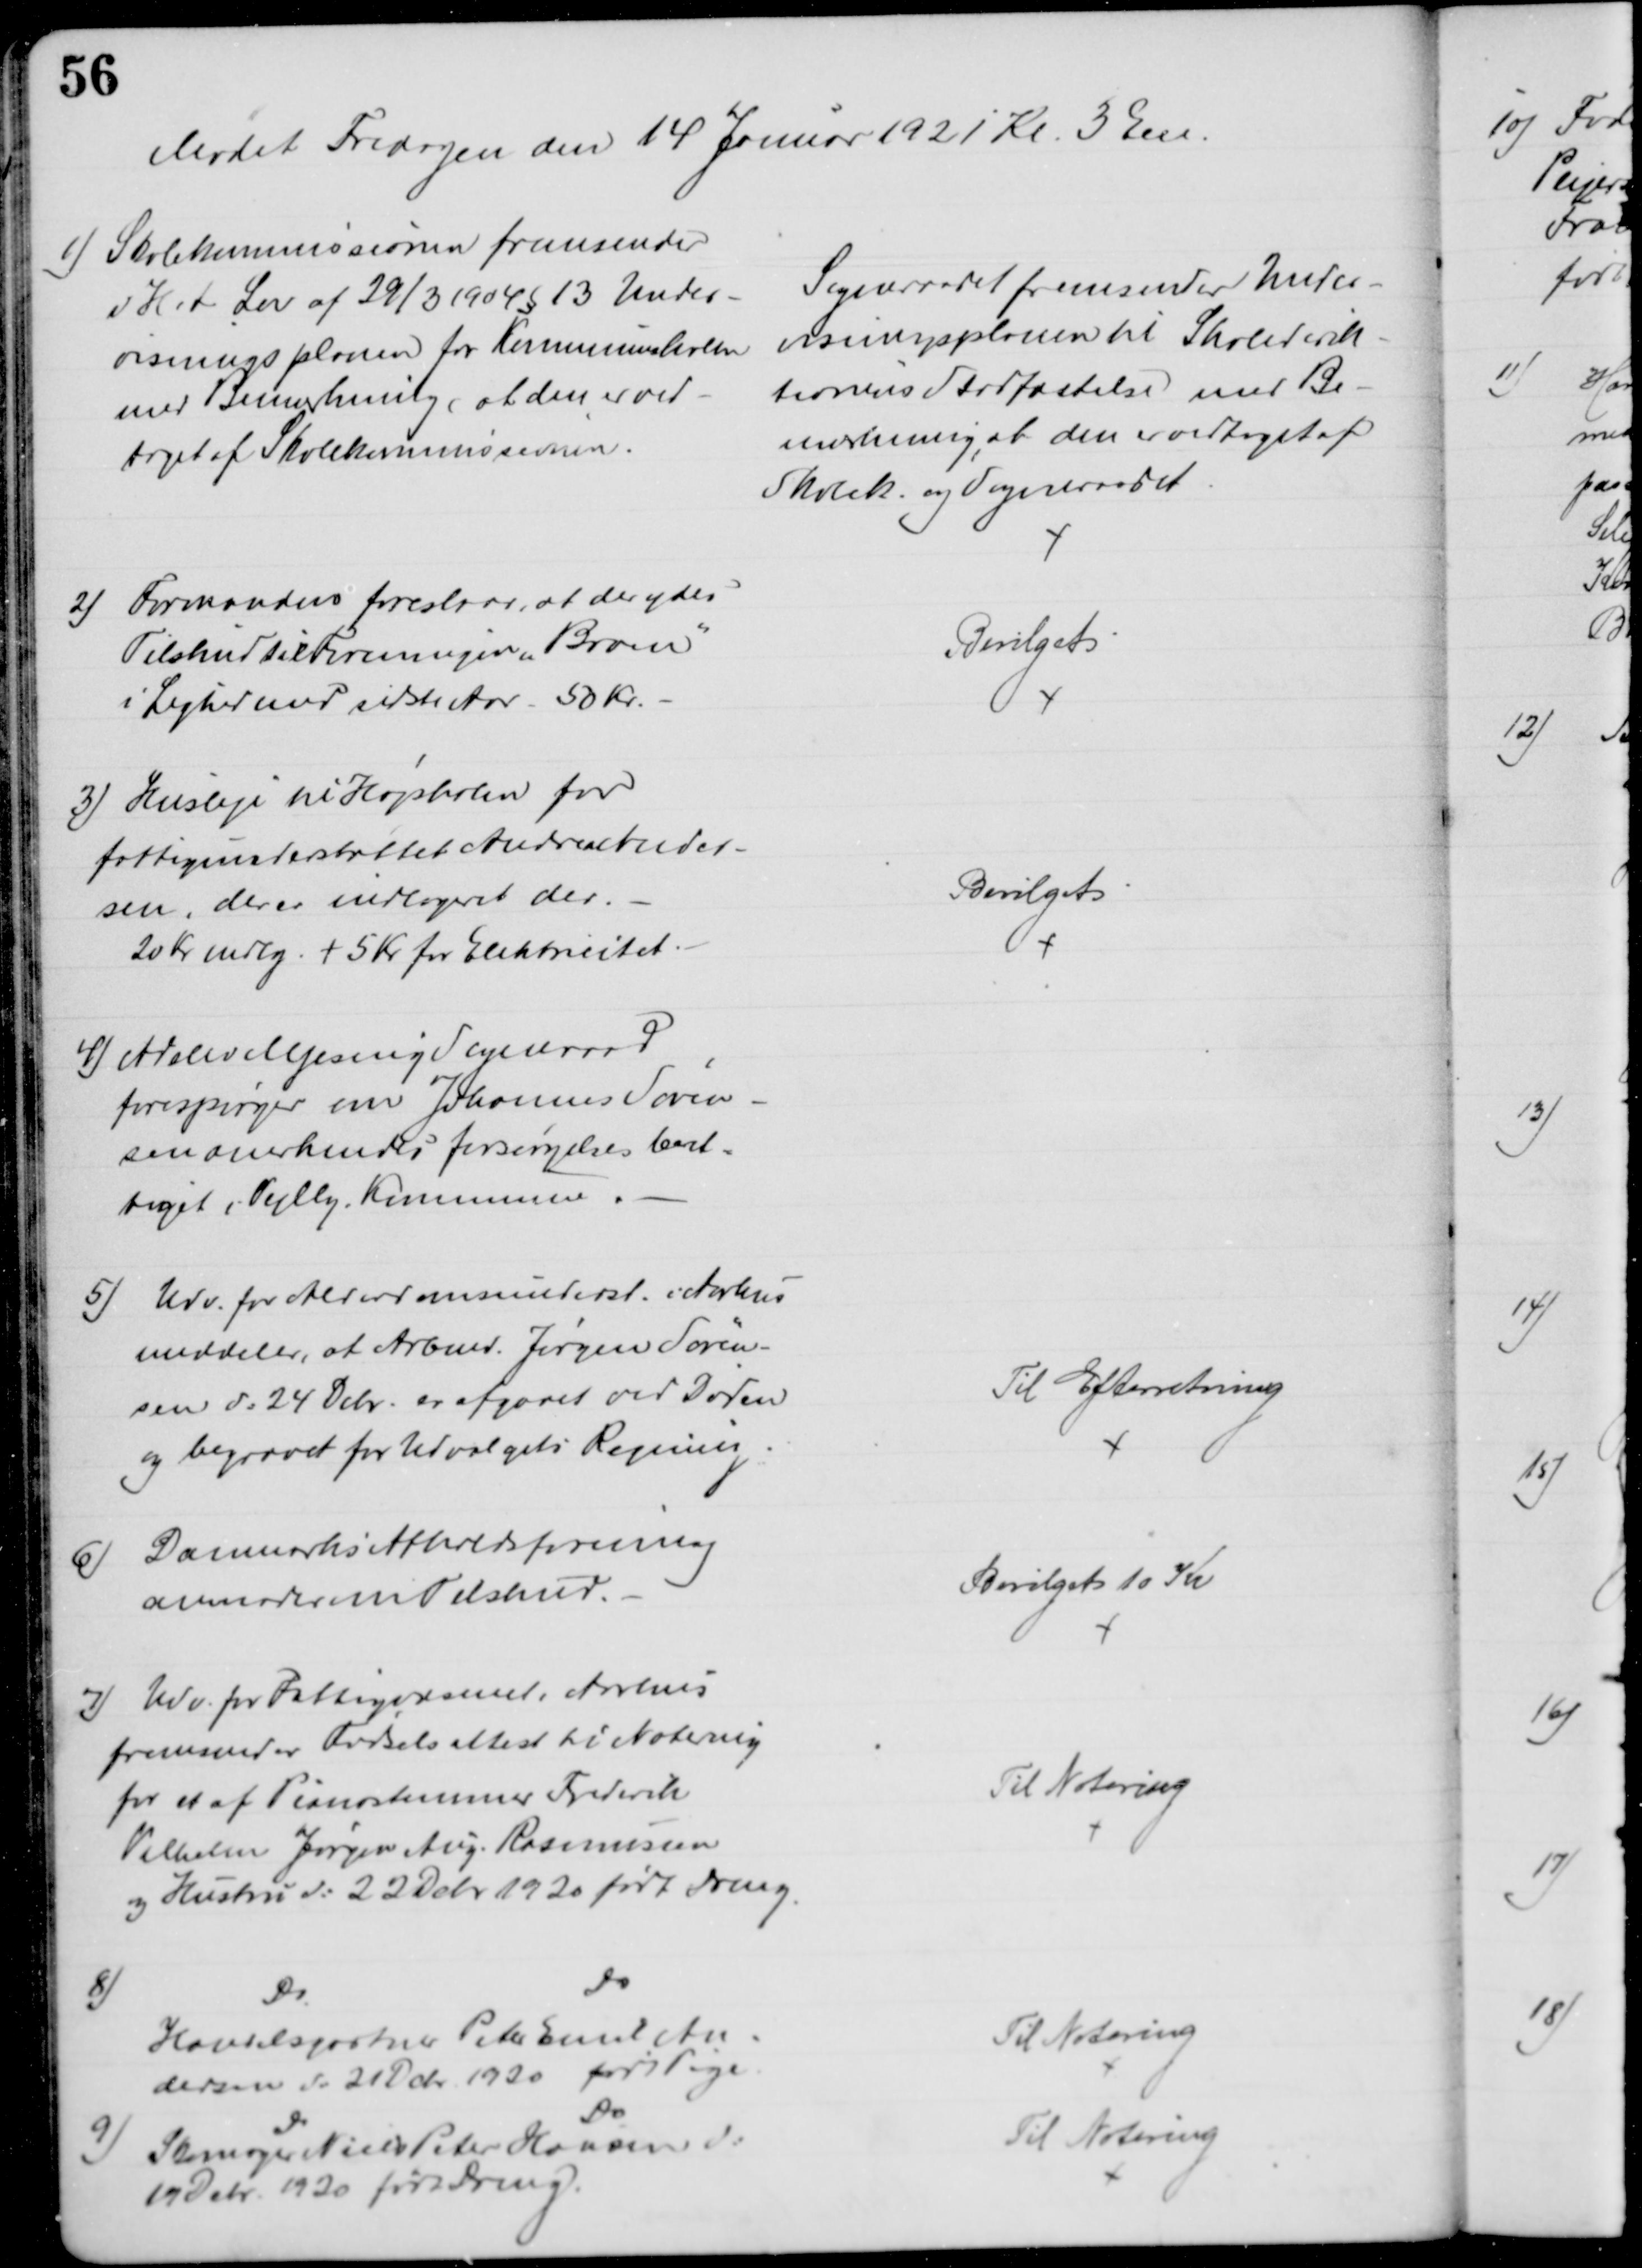
Transskription:
Mødet Fredagen den 14 Januar 1921 Kl. 3 Em.
1) Skolekommissionen fremsender
i H.t. Lov af 29/3 1904 § 13 Under-
visningsplanen for Kommuneskolen
med Bemærkning, at den er ved-
taget af Skolekommissionen.
Sogneraadet fremsender Under-
visningsplanen til Skoledirek-
tionens Stadfæstelse med Be-
mærkning at den er vedtaget af
Skolek. og Sogneraadet.
2) Formanden foreslaar, at der ydes
Tilskud til Foreningen "Broen"
i Lighed med sidste Aar - 50 Kr.
Bevilget
3) Husleje til Højskolen for
fattigunderstøttet Andreas Ander-
sen, der er indlogeret der.
20 Kr mdlg. + 5 Kr for Elektricitet.
Bevilget
4) Adslev Mjesing Sogneraad
forespørger om Johannes Søren-
sen anerkendes forsørgelsesberet-
tiget i Vejlby Kommune.
5) Udv. for Alderdomsunderst. i Aarhus
meddeler, at Arbmd. Jørgen Søren-
sen d: 24 Debr. er afgaaet ved Døden
og begravet for Udvalgets Regning.
Til Efterretning
6)
Danmarks Afholdsforening
anmoder om Tilskud.
Bevilget 10 Kr
7) Udv. for Fattigvæsenet i Aarhus
fremsender Fødselsattest til Notering
for et af Pianostemmer Frederik
Vilhelm Jørgen Aug. Rasmussen
og Hustru d: 22 Debr 1920 født Dreng.
Til Notering
8)
Do
Do
Handelsgartner Peter Emil An-
dersen d: 21 Dcbr. 1920 født Pige.
Til Notering
9)
Do
Do
Skomager Niels Peter Hansen d:
19 Debr 1920 født Dreng.
Til Notering